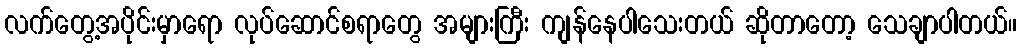
လက်တွေ့အပိုင်းမှာရော လုပ်ဆောင်စရာတွေ အများကြီး ကျန်နေပါသေးတယ် ဆိုတာတော့ သေချာပါတယ်။